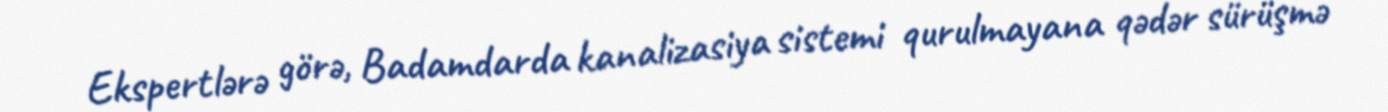
Ekspertlərə görə, Badamdarda kanalizasiya sistemi qurulmayana qədər sürüşmə